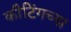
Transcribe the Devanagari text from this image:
कीटिंगच्या